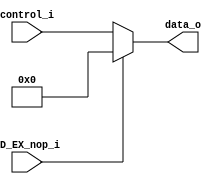
module MUX8
(
	ID_EX_nop_i,
	control_i,
	data_o
);

input  [7:0]	control_i;
input			ID_EX_nop_i;
output [7:0]	data_o;

assign data_o = (
	(ID_EX_nop_i == 0)? control_i:
	8'b0
);
endmodule